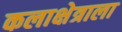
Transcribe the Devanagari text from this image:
कलाक्षेत्राला